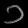
Digit: ၁